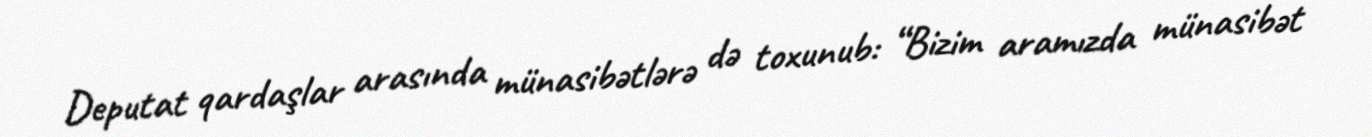
Deputat qardaşlar arasında münasibətlərə də toxunub: “Bizim aramızda münasibət